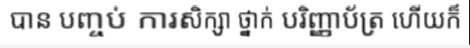
បាន បញ្ចប់ ការសិក្សា ថ្នាក់ បរិញ្ញាប័ត្រ ហើយក៏